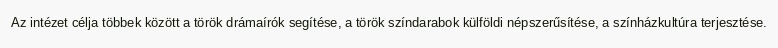
Az intézet célja többek között a török drámaírók segítése, a török színdarabok külföldi népszerűsítése, a színházkultúra terjesztése.